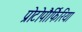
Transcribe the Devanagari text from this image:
प्रोटोपौर्फिरिया